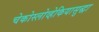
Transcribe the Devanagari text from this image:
चेकोस्लोव्हेकियासुद्धा